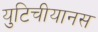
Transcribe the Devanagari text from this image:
युटिचीयानस